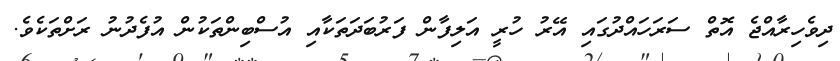
ދިވެހިރާއްޖެ އޮތް ސަރަހައްދުގައި އޭރު ހުރީ އަލިފާން ފަރުބަދަތަކާއި އުސްބިންތަކުން އުފެދުނު ރަށްތަކެވެ.